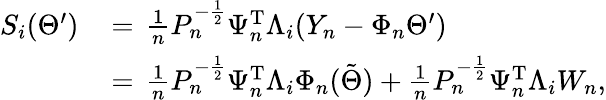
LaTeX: \begin{array}{rl}{S_{i}(\Theta^{\prime})}&{\, =\, \frac{1}{n}P_{n}^{-\frac{1}{2}}\Psi_{n}^{\mathrm{T}}\Lambda_{i}(Y_{n}-\Phi_{n}\Theta^{\prime})}\\ &{\, =\, \frac{1}{n}P_{n}^{-\frac{1}{2}}\Psi_{n}^{\mathrm{T}}\Lambda_{i}\Phi_{n}(\tilde{\Theta})+\frac{1}{n}P_{n}^{-\frac{1}{2}}\Psi_{n}^{\mathrm{T}}\Lambda_{i}W_{n},}\end{array}